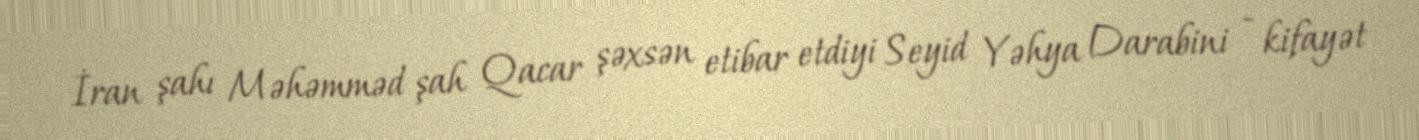
İran şahı Məhəmməd şah Qacar şəxsən etibar etdiyi Seyid Yəhya Darabini - kifayət